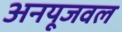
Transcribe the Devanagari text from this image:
अनयूजवल